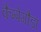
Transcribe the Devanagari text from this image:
कैम्पेगौड़ा